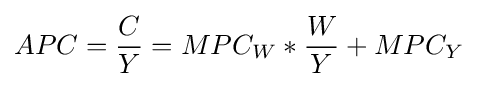
APC={\frac {C}{Y}}={MPC_{W}}*{\frac {W}{Y}}+{MPC_{Y}}